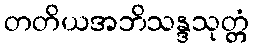
တတိယအဘိသန္ဒသုတ္တံ